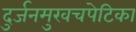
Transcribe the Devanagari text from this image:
दुर्जनमुखचपेटिका